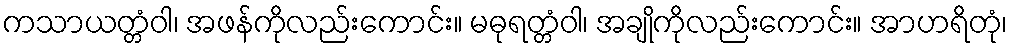
ကသာယတ္တံဝါ၊ အဖန်ကိုလည်းကောင်း။ မဓုရတ္တံဝါ၊ အချိုကိုလည်းကောင်း။ အာဟရိတုံ၊